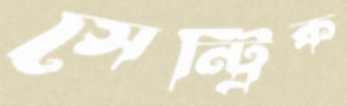
সেন্ট্রিক